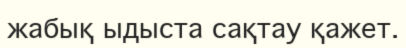
жабық ыдыста сақтау қажет.